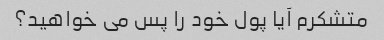
متشکرم آیا پول خود را پس می خواهید؟